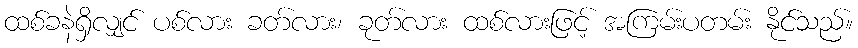
ထစ်ခနဲရှိလျှင် ပစ်လား ခတ်လား၊ ခုတ်လား ထစ်လားဖြင့် အကြမ်းပတမ်း နိုင်သည်။